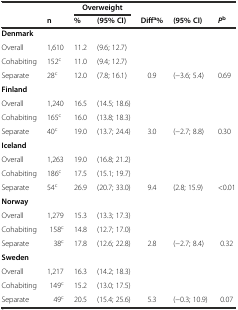
<table><thead><tr><td></td><td></td><td colspan="2"><b>Overweight</b></td><td></td><td></td><td></td></tr><tr><td></td><td><b>n</b></td><td><b>%</b></td><td><b>(95% CI)</b></td><td><b>Diff<sup>a</sup>%</b></td><td><b>(95% CI)</b></td><td><b><i>P</i><sup>b</sup></b></td></tr></thead><tbody><tr><td><b>Denmark</b></td><td></td><td></td><td></td><td></td><td></td><td></td></tr><tr><td>Overall</td><td>1,610</td><td>11.2</td><td>(9.6; 12.7)</td><td></td><td></td><td></td></tr><tr><td>Cohabiting</td><td>152<sup>c</sup></td><td>11.0</td><td>(9.4; 12.7)</td><td></td><td></td><td></td></tr><tr><td>Separate</td><td>28<sup>c</sup></td><td>12.0</td><td>(7.8; 16.1)</td><td>0.9</td><td>(-3.6; 5.4)</td><td>0.69</td></tr><tr><td><b>Finland</b></td><td></td><td></td><td></td><td></td><td></td><td></td></tr><tr><td>Overall</td><td>1,240</td><td>16.5</td><td>(14.5; 18.6)</td><td></td><td></td><td></td></tr><tr><td>Cohabiting</td><td>165<sup>c</sup></td><td>16.0</td><td>(13.8; 18.3)</td><td></td><td></td><td></td></tr><tr><td>Separate</td><td>40<sup>c</sup></td><td>19.0</td><td>(13.7; 24.4)</td><td>3.0</td><td>(-2.7; 8.8)</td><td>0.30</td></tr><tr><td><b>Iceland</b></td><td></td><td></td><td></td><td></td><td></td><td></td></tr><tr><td>Overall</td><td>1,263</td><td>19.0</td><td>(16.8; 21.2)</td><td></td><td></td><td></td></tr><tr><td>Cohabiting</td><td>186<sup>c</sup></td><td>17.5</td><td>(15.1; 19.7)</td><td></td><td></td><td></td></tr><tr><td>Separate</td><td>54<sup>c</sup></td><td>26.9</td><td>(20.7; 33.0)</td><td>9.4</td><td>(2.8; 15.9)</td><td>&lt;0.01</td></tr><tr><td><b>Norway</b></td><td></td><td></td><td></td><td></td><td></td><td></td></tr><tr><td>Overall</td><td>1,279</td><td>15.3</td><td>(13.3; 17.3)</td><td></td><td></td><td></td></tr><tr><td>Cohabiting</td><td>158<sup>c</sup></td><td>14.8</td><td>(12.7; 17.0)</td><td></td><td></td><td></td></tr><tr><td>Separate</td><td>38<sup>c</sup></td><td>17.8</td><td>(12.6; 22.8)</td><td>2.8</td><td>(-2.7; 8.4)</td><td>0.32</td></tr><tr><td><b>Sweden</b></td><td></td><td></td><td></td><td></td><td></td><td></td></tr><tr><td>Overall</td><td>1,217</td><td>16.3</td><td>(14.2; 18.3)</td><td></td><td></td><td></td></tr><tr><td>Cohabiting</td><td>149<sup>c</sup></td><td>15.2</td><td>(13.0; 17.5)</td><td></td><td></td><td></td></tr><tr><td>Separate</td><td>49<sup>c</sup></td><td>20.5</td><td>(15.4; 25.6)</td><td>5.3</td><td>(-0.3; 10.9)</td><td>0.07</td></tr></tbody></table>